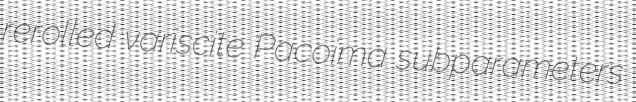
rerolled variscite Pacoima subparameters